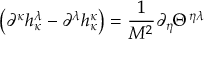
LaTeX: \left( \partial ^ { \kappa } h _ { \kappa } ^ { \lambda } - \partial ^ { \lambda } h _ { \kappa } ^ { \kappa } \right) = \frac { 1 } { M ^ { 2 } } \partial _ { \eta } \Theta ^ { \eta \lambda } \,